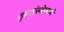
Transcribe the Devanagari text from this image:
वृत्तसंस्थेप्रमाणे